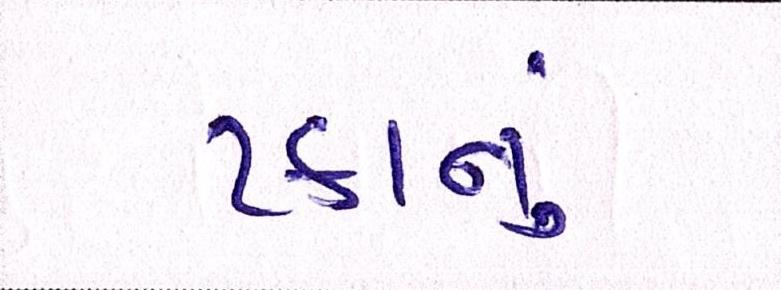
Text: ટકાનું